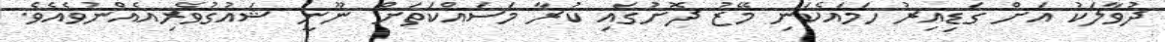
ދުވާލަކު އަށް ގަޑިއިރު ހަމައެކަނި މޭޒު ދޮށުގައި ކުރާ މަސައްކަތަށް ނޫނީ ޝައުގުވެރިއެއްނުވެއެވެ.